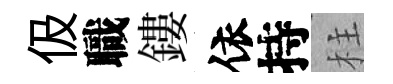
伋職鏤依持柱